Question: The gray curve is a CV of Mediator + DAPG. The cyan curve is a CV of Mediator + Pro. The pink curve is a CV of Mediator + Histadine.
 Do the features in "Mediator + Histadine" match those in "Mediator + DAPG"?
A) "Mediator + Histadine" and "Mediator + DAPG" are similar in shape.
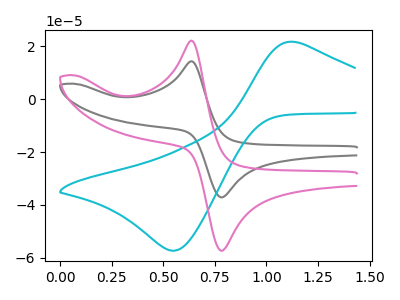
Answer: <think>The gray curve "Mediator + DAPG" has an anodic peak at (0.65V, 14.35uA) and a cathodic peak at (0.80V, -37.10uA). The cyan curve "Mediator + Pro" has an anodic peak at (1.15V, 21.55uA) and a cathodic peak at (0.55V, -57.30uA). The pink curve "Mediator + Histadine" has an anodic peak at (0.65V, 22.10uA) and a cathodic peak at (0.80V, -57.25uA).
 All the peaks in "Mediator + Histadine" have a peak in "Mediator + DAPG" at the same potential. Every peak in "Mediator + Histadine" is higher than every peak in "Mediator + DAPG".</think>
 <answer>A) "Mediator + Histadine" and "Mediator + DAPG" are similar in shape.</answer>
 <eval>A</eval>